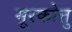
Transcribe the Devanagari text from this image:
मूरकोत्तु